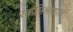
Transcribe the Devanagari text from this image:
रक्तमिश्रणात